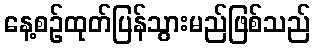
နေ့စဉ်ထုတ်ပြန်သွားမည်ဖြစ်သည်